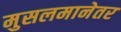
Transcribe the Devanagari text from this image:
मुसलमानेतर